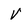
Character: V